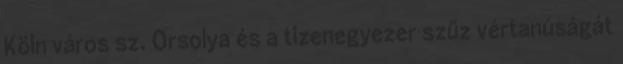
Köln város sz. Orsolya és a tizenegyezer szűz vértanúságát